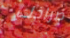
صراخك